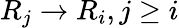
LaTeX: R_{j}\to R_{i},j\geq i